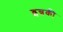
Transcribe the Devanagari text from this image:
इन्नकी